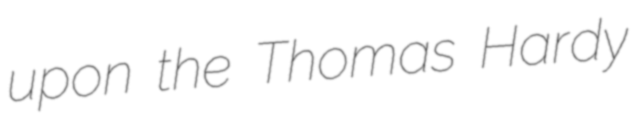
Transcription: upon the Thomas Hardy